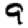
Digit: 9